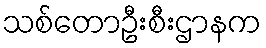
သစ်တောဦးစီးဌာနက